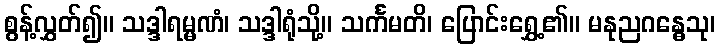
စွန့်လွှတ်၍။ သဒ္ဒါရမ္မဏံ၊ သဒ္ဒါရုံသို့။ သင်္ကမတိ၊ ပြောင်းရွှေ့၏။ မနုညဂန္ဓေသု၊